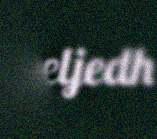
veeljedh